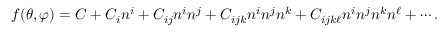
f ( \theta , \varphi ) = C + C _ { i } n ^ { i } + C _ { i j } n ^ { i } n ^ { j } + C _ { i j k } n ^ { i } n ^ { j } n ^ { k } + C _ { i j k \ell } n ^ { i } n ^ { j } n ^ { k } n ^ { \ell } + \cdots .